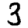
Digit: 3